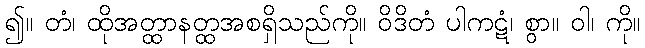
၍။ တံ၊ ထိုအတ္ထာနတ္ထအစရှိသည်ကို။ ဝိဒိတံ ပါကဋံ၊ စွာ။ ဝါ၊ ကို။